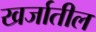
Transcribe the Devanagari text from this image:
खर्जातील